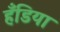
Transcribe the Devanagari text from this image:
हँडिया